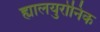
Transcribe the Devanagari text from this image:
ह्यालयुरोनिक